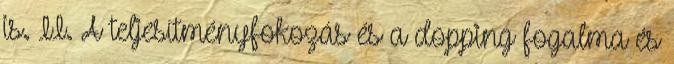
is. II. A teljesítményfokozás és a dopping fogalma és